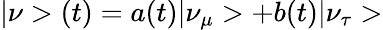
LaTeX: |\nu>(t)=a(t)|\nu_{\mu}>+b(t)|\nu_{\tau}>